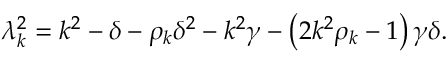
\lambda _ { k } ^ { 2 } = k ^ { 2 } - \delta - \rho _ { k } \delta ^ { 2 } - k ^ { 2 } \gamma - \left( 2 k ^ { 2 } \rho _ { k } - 1 \right) \gamma \delta .